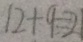
1 2 + 9 = 2 1